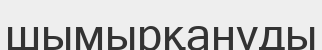
шымырқануды